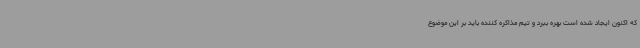
که اکنون ایجاد شده است بهره ببرد و تیم مذاکره کننده باید بر این موضوع